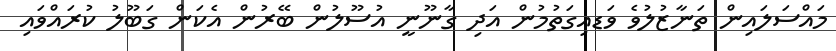
މައްސަލައިން ތަނާޒުލުވެ ވަޑއިގަތުމުން އަދި ގާނޫނީ އުސޫލުން ބޭރުން އެކަން ގަބޫލު ކުރައްވައި